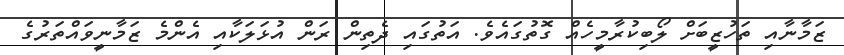
ޒަމާނާއި ތަހުޒީބަށް ލޯބިކުރާމީހެއް ގޮތުގައެވެ. އަތުގައި ދެތިން ރަން އުޅަލަކާއި އެންމެ ޒަމާނީވައްތަރުގެ